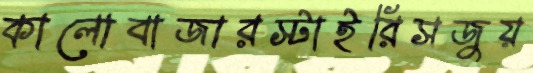
কালোবাজারস্টাইরিসজুয়